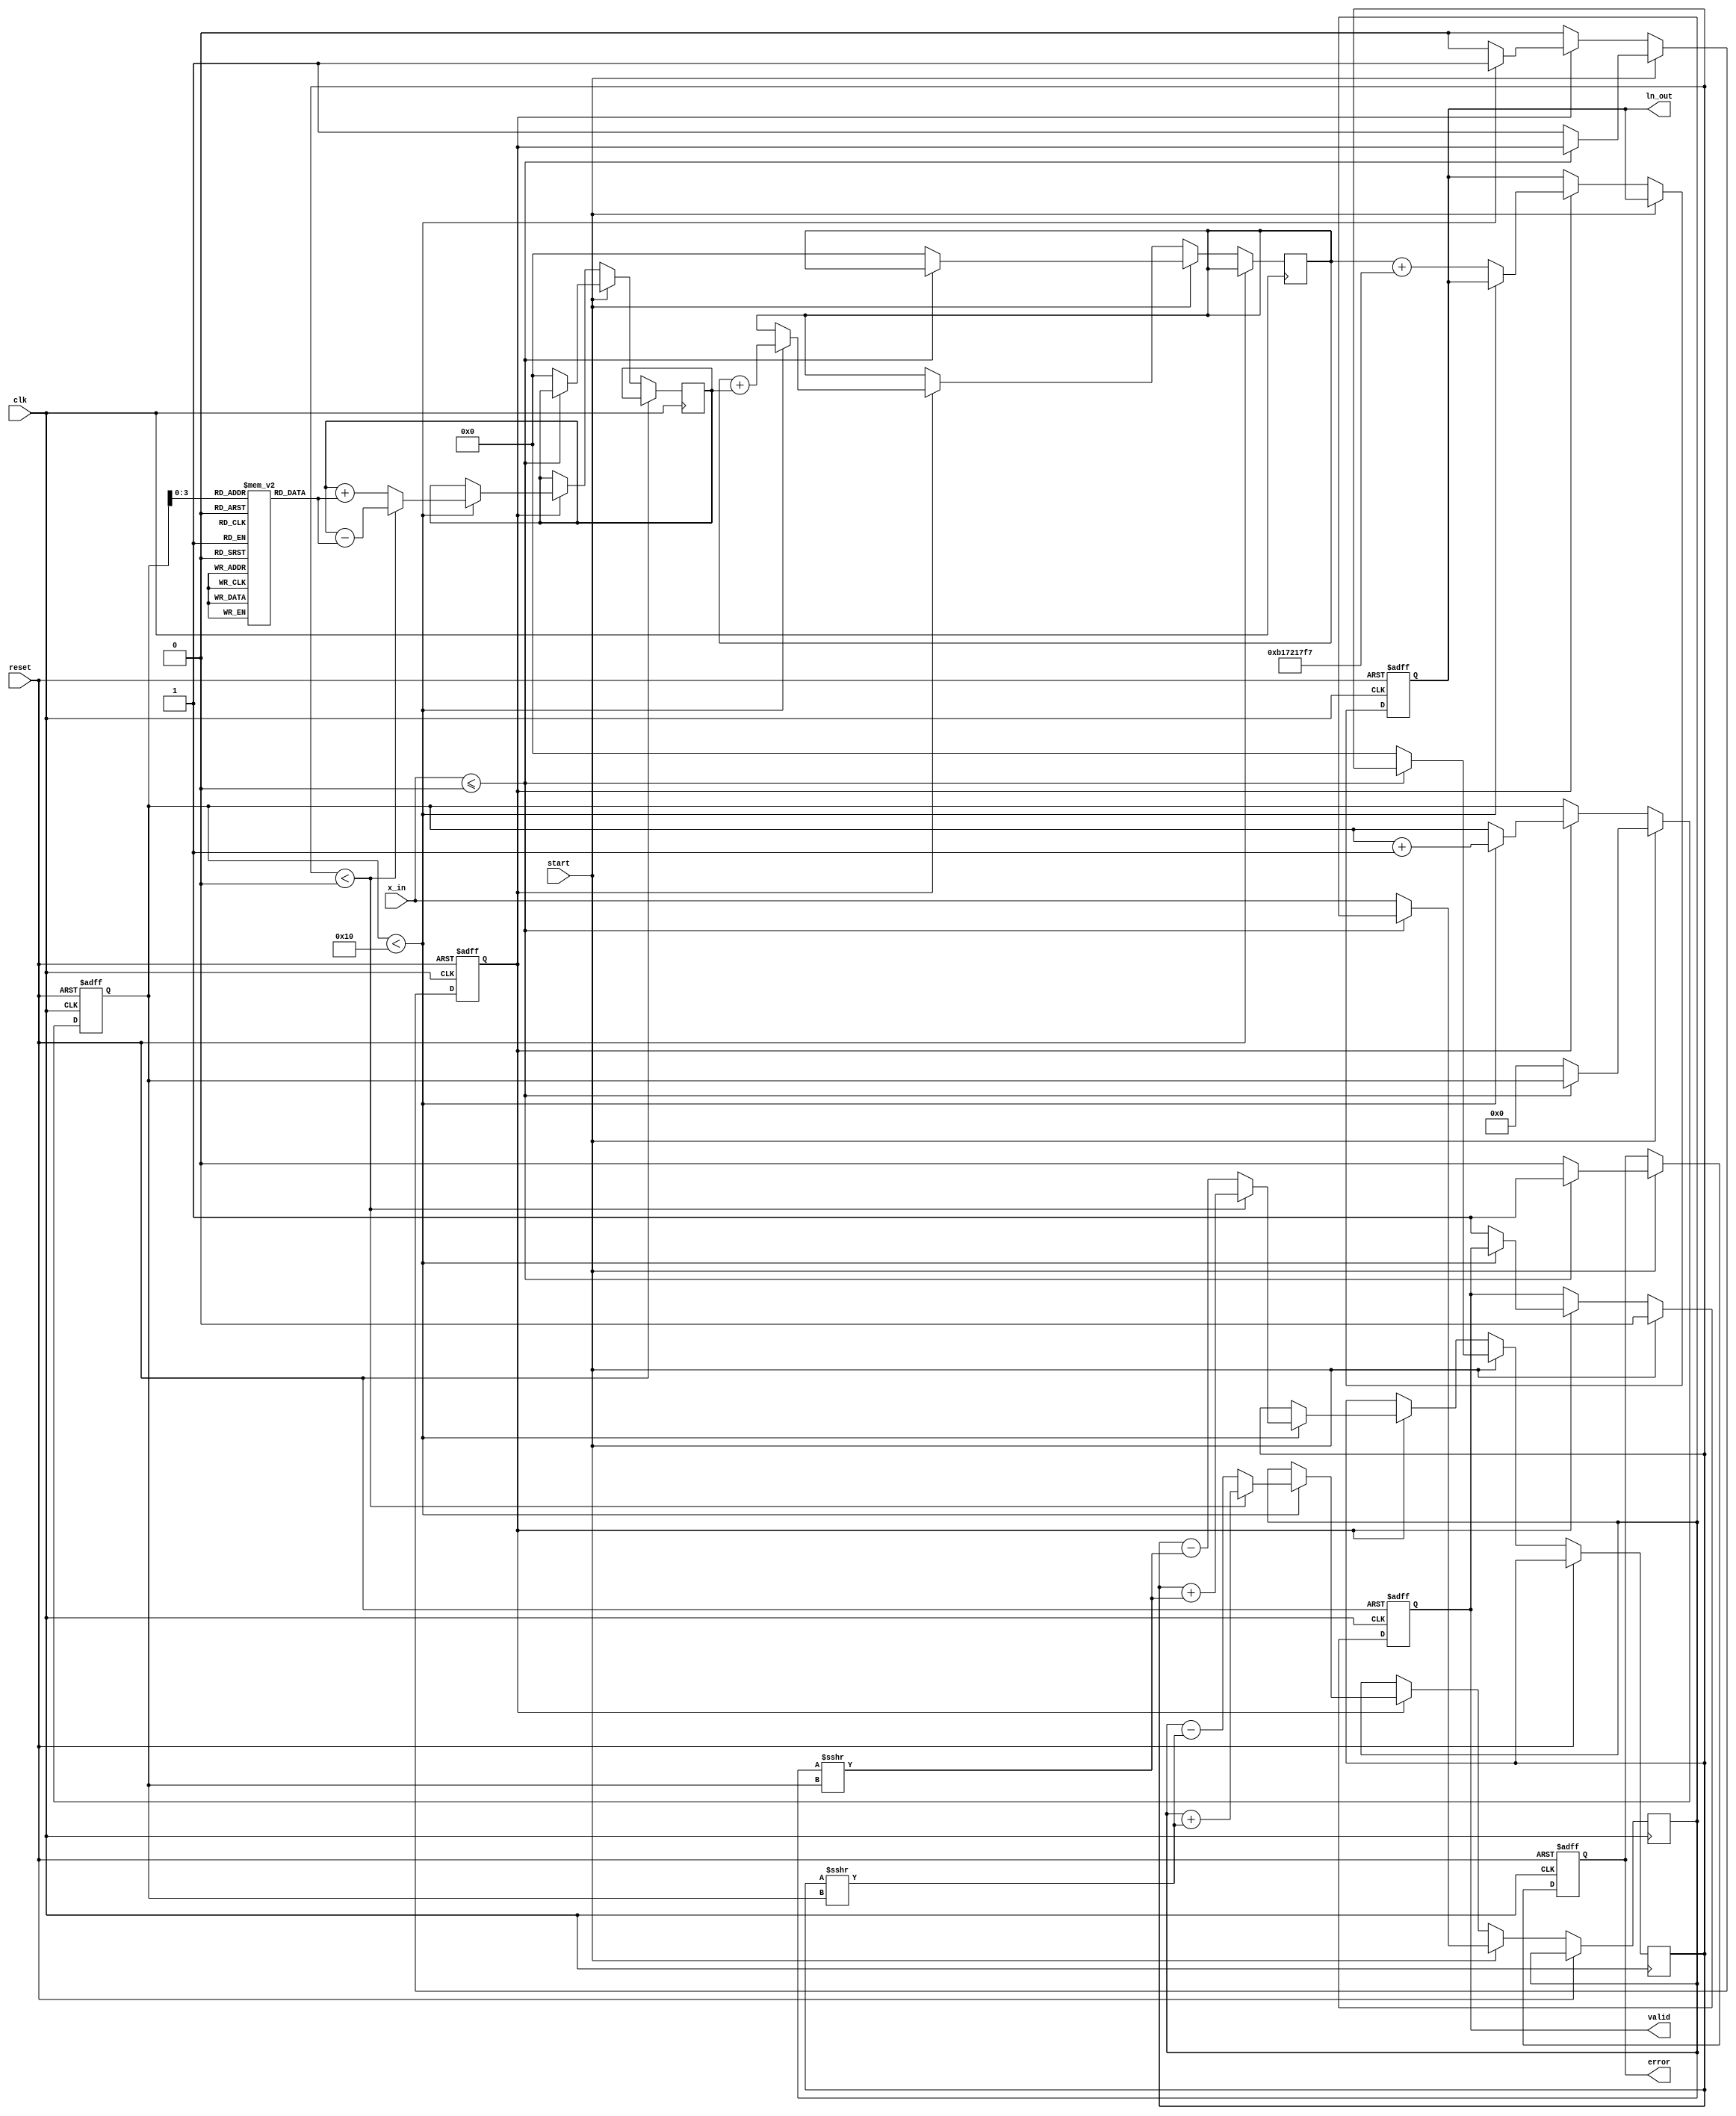
module cordic_logarithm (
    input wire clk,
    input wire reset,
    input wire start,
    input wire [31:0] x_in, // Input: Fixed-point positive number
    output reg [31:0] ln_out, // Output: Fixed-point logarithm
    output reg valid, // Output: Indicates output is valid
    output reg error // Output: Indicates an error (non-positive input)
);

    // Parameters
    parameter NUM_ITERATIONS = 16; // Number of CORDIC iterations
    parameter CORDIC_SCALE = 32'hB17217F7; // Scaling factor for CORDIC

    // Internal signals
    reg [31:0] x; // X coordinate
    reg [31:0] y; // Y coordinate
    reg [31:0] z; // Angle accumulator
    reg [4:0] iteration; // Iteration counter
    reg [31:0] angle_table [0:NUM_ITERATIONS-1]; // Angle lookup table
    reg [31:0] ln_accumulator; // Accumulator for logarithm result
    reg computing; // State to indicate if computation is ongoing

    // Initialize angle table for CORDIC
    initial begin
        angle_table[0] = 32'h00000000; // atan(1) = 0
        angle_table[1] = 32'h3F19999A; // atan(0.5) = 0.463647609
        angle_table[2] = 32'h3E4CCCCD; // atan(0.25) = 0.244978663
        angle_table[3] = 32'h3D89C3D7; // atan(0.125) = 0.124354994
        // Fill in the rest of the angle table...
    end

    // FSM for CORDIC computation
    always @(posedge clk or posedge reset) begin
        if (reset) begin
            ln_out <= 32'b0;
            valid <= 1'b0;
            error <= 1'b0;
            computing <= 1'b0;
            iteration <= 5'b0;
        end else if (start) begin
            if (x_in <= 32'b0) begin
                error <= 1'b1; // Set error for non-positive input
                valid <= 1'b0;
            end else begin
                error <= 1'b0; // Clear error
                valid <= 1'b0;
                computing <= 1'b1;
                x <= x_in;
                y <= 32'h00000000; // Initial y = 0
                z <= 32'h00000000; // Initial angle = 0
                ln_accumulator <= 32'b0;
                iteration <= 5'b0;
            end
        end else if (computing) begin
            if (iteration < NUM_ITERATIONS) begin
                // CORDIC rotation
                if (y < 0) begin
                    // Rotate clockwise
                    x <= x + (y >>> iteration);
                    y <= y + (x >>> iteration);
                    z <= z - angle_table[iteration];
                end else begin
                    // Rotate counter-clockwise
                    x <= x - (y >>> iteration);
                    y <= y - (x >>> iteration);
                    z <= z + angle_table[iteration];
                end
                ln_accumulator <= ln_accumulator + z; // Accumulate logarithm
                iteration <= iteration + 1;
            end else begin
                // Finalize output
                ln_out <= ln_accumulator + CORDIC_SCALE; // Adjust for scaling
                valid <= 1'b1; // Output is valid
                computing <= 1'b0; // End computation
            end
        end
    end

endmodule